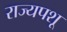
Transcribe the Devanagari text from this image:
राज्यपशू